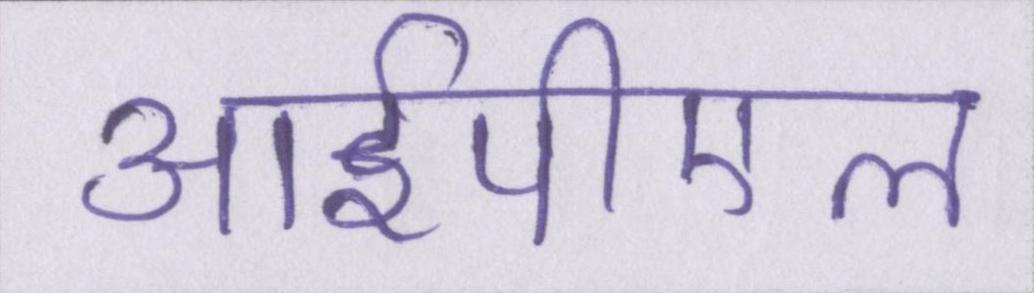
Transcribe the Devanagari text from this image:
आईपीएल